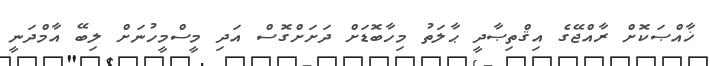
ޚާއްޞަކޮށް ރާއްޖޭގެ އިޤްތިޞާދީ ޙާލަތު މިހާބޮޑަށް ދަށަށްގޮސް އަދި މީސްމީހުނަށް ލިބޭ އާމްދަނީ